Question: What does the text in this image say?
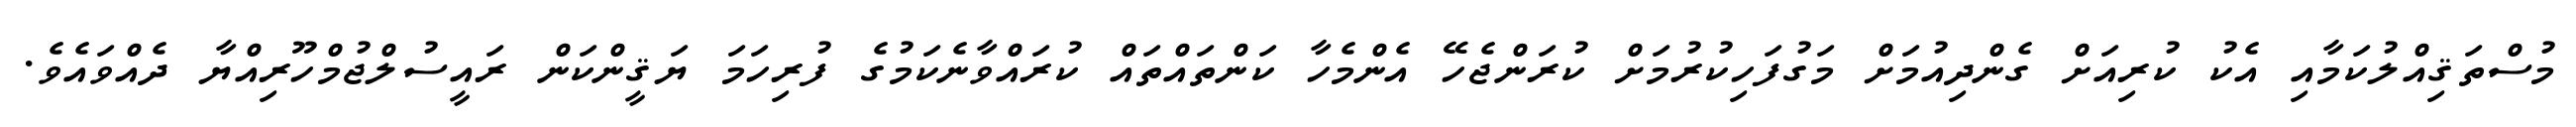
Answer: މުސްތަޤިއްލުކަމާއި އެކު ކުރިއަށް ގެންދިއުމަށް މަގުފަހިކުރުމަށް ކުރަންޖެހޭ އެންމެހާ ކަންތައްތައް ކުރައްވާނެކަމުގެ ފުރިހަމަ ޔަޤީންކަން ރައީސުލްޖުމްހޫރިއްޔާ ދެއްވައެވެ.